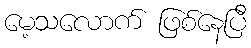
မေ့သလောက် ဖြစ်နေပြီ